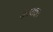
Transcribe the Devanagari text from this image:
कायका